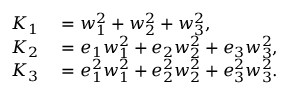
\begin{array} { r l } { K _ { 1 } } & { { } = w _ { 1 } ^ { 2 } + w _ { 2 } ^ { 2 } + w _ { 3 } ^ { 2 } , } \\ { K _ { 2 } } & { { } = e _ { 1 } w _ { 1 } ^ { 2 } + e _ { 2 } w _ { 2 } ^ { 2 } + e _ { 3 } w _ { 3 } ^ { 2 } , } \\ { K _ { 3 } } & { { } = e _ { 1 } ^ { 2 } w _ { 1 } ^ { 2 } + e _ { 2 } ^ { 2 } w _ { 2 } ^ { 2 } + e _ { 3 } ^ { 2 } w _ { 3 } ^ { 2 } . } \end{array}